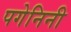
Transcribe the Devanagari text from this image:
पगेनिनी